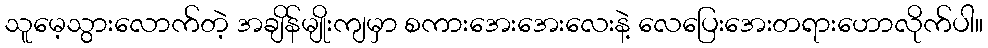
သူမေ့သွားလောက်တဲ့ အချိန်မျိုးကျမှာ စကားအေးအေးလေးနဲ့ လေပြေးအေးတရားဟောလိုက်ပါ။